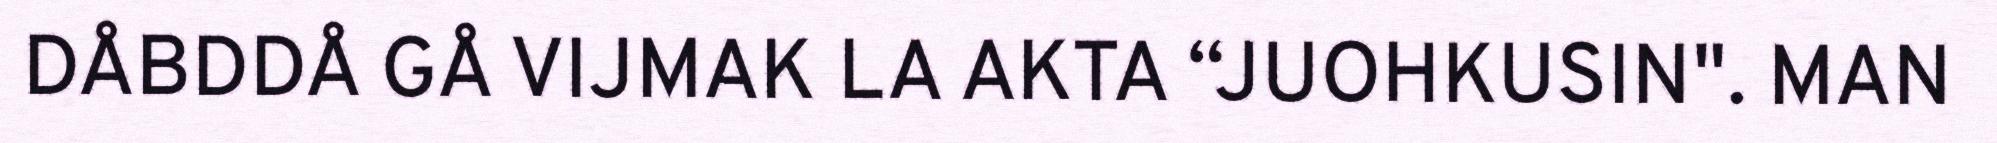
DÅBDDÅ GÅ VIJMAK LA AKTA “JUOHKUSIN". MAN